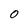
Character: o